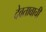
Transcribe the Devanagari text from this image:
देवतावाची